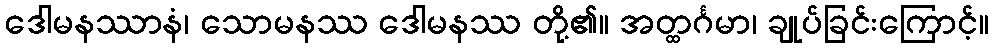
ဒေါမနဿာနံ၊ သောမနဿ ဒေါမနဿ တို့၏။ အတ္ထင်္ဂမာ၊ ချုပ်ခြင်းကြောင့်။